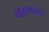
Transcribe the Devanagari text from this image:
पोरकादाता